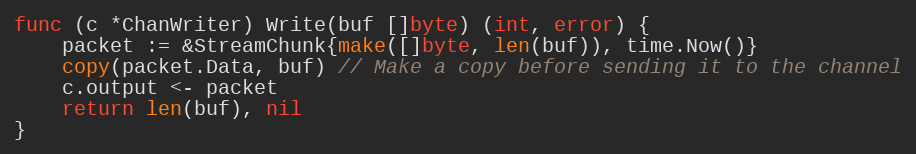
Language: Go
func (c *ChanWriter) Write(buf []byte) (int, error) {
	packet := &StreamChunk{make([]byte, len(buf)), time.Now()}
	copy(packet.Data, buf) // Make a copy before sending it to the channel
	c.output <- packet
	return len(buf), nil
}